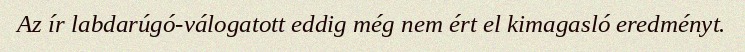
Az ír labdarúgó-válogatott eddig még nem ért el kimagasló eredményt.